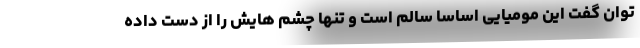
توان گفت این مومیایی اساسا سالم است و تنها چشم هایش را از دست داده